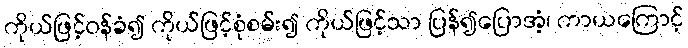
ကိုယ်ဖြင့်ဝန်ခံ၍ ကိုယ်ဖြင့်စုံစမ်း၍ ကိုယ်ဖြင့်သာ ပြန်၍ပြောအံ့၊ ကာယကြောင့်